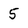
Character: 5